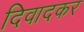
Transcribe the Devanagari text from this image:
दिवादकर